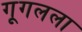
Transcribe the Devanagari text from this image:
गूगलला